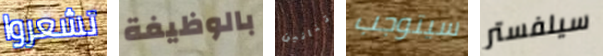
تشعروا بالوظيفة تنانين سيتوجب سيلفستر